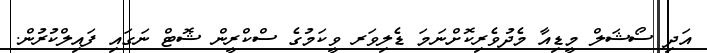
އަދި ސޯޝަލް މީޑިއާ މެދުވެރިކޮށްނަމަ ޑެލިވަރ ވީކަމުގެ ސްކްރީން ޝޮޓް ނަގައި ފައިލްކުރުން.